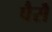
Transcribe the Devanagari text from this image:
पैसै